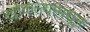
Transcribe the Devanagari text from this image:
खोकल्यामधून